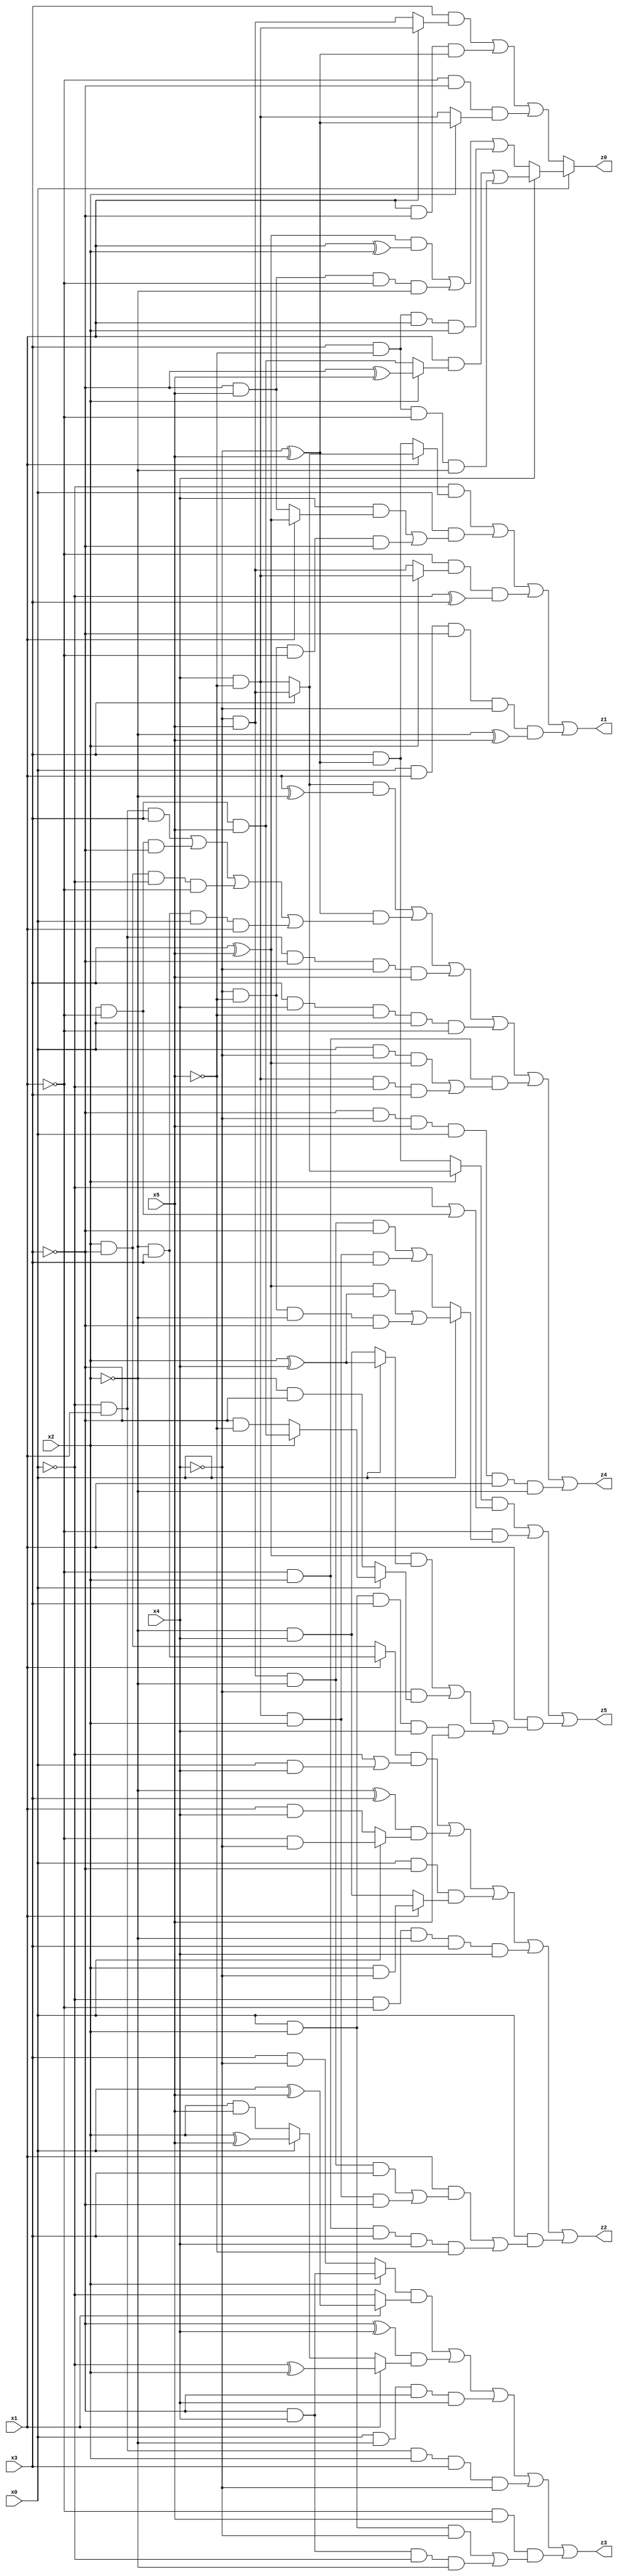
// Benchmark "X_25" written by ABC on Thu Jun 29 03:16:40 2023

module X_25 ( 
    x0, x1, x2, x3, x4, x5,
    z0, z1, z2, z3, z4, z5  );
  input  x0, x1, x2, x3, x4, x5;
  output z0, z1, z2, z3, z4, z5;
  assign z0 = x0 ? (x4 ? ((x1 & (x2 ? (~x3 ^ x5) : (x3 & x5))) | (x3 & ~x5 & ~x1 & ~x2)) : (((x3 ^ x5) & (x1 ^ x2)) | (~x3 & x5 & ~x1 & ~x2) | (x3 & ~x5 & x1 & x2))) : ((x3 & (x1 ? (x4 & ~x5) : (~x4 & x5))) | (x1 & ~x3 & (~x4 ^ x5)) | (~x1 & ~x3 & (x2 ? (~x4 ^ x5) : (x4 & ~x5))));
  assign z1 = (~x0 & (x1 ? (x3 ? (~x4 & x5) : (x4 & ~x5)) : (x3 & (~x4 ^ x5)))) | (x0 & ((x4 & (x1 ? (x3 ^ x5) : (~x3 & x5))) | (~x4 & ~x5 & ~x1 & ~x3))) | (~x1 & (x2 ? (x4 & ~x5) : (~x4 & x5)) & (~x0 ^ x3)) | (x0 & x1 & ~x3 & ~x4 & (~x2 ^ x5));
  assign z2 = ((x1 ? (~x2 & x3) : (x2 & ~x3)) & (~x0 | (x0 & x4))) | ((~x2 ^ x3) & (x0 ? (~x1 & ~x4) : (x1 & x4))) | (x0 & ~x3 & (x1 ? (x2 & ~x4) : (~x2 & x4))) | (~x0 & ~x1 & ~x2 & x3 & x4) | (x0 & ((x1 & ((~x4 & x5 & ~x2 & x3) | (x4 & ~x5 & x2 & ~x3))) | (~x1 & x2 & x3 & x4 & ~x5)));
  assign z3 = ((x2 ? (~x3 & x4) : (x3 & ~x4)) & (x1 ? (x0 ^ x5) : ~x0)) | ((~x3 ^ x4) & (x1 ? (~x0 ^ x2) : (x0 ? (x2 ^ x5) : (x2 & x5)))) | (x0 & ~x2 & ~x3 & x4) | (~x0 & x1 & x2 & x3 & ~x4) | (~x1 & x5 & ((x0 & x2 & ~x4) | (~x3 & x4 & ~x0 & ~x2)));
  assign z4 = ((x3 ? (~x4 & x5) : (x4 & ~x5)) & (x1 ^ ~x2)) | ((~x4 ^ x5) & ((~x0 & x1 & x3) | (x0 & ~x1 & ~x3) | (x2 & ~x3 & ~x0 & ~x1) | (~x2 & x3 & x0 & x1))) | (~x0 & x1 & ~x3 & ~x4 & x5) | (x3 & x4 & ~x5 & x0 & ~x1) | (~x1 & x2 & ((x0 & ~x4 & (x3 ^ x5)) | (x4 & ~x5 & ~x0 & x3))) | (~x3 & ~x4 & x5 & x0 & x1 & ~x2);
  assign z5 = ((x2 ? (x3 ? (~x4 & x5) : (x4 & ~x5)) : (x3 & (~x4 ^ x5))) & (~x0 | (x0 & ~x1))) | (~x1 & (x0 ? (((x3 ^ x5) & (x2 ^ x4)) | (~x4 & ~x5 & ~x2 & ~x3)) : ((~x4 & x5 & ~x2 & ~x3) | (x4 & ~x5 & x2 & x3)))) | (x1 & (((x3 ^ x5) & (x0 ? (x2 ^ x4) : (~x2 & x4))) | (~x4 & (x0 ? (x2 ? (x3 & x5) : (~x3 & ~x5)) : (~x2 & ~x3))) | (x0 & x2 & x3 & x4 & x5)));
endmodule